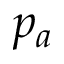
p _ { a }